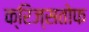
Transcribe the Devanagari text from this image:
क्रिज्सतोफ